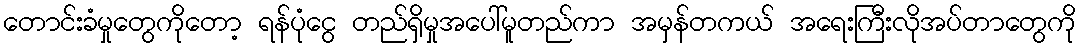
တောင်းခံမှုတွေကိုတော့ ရန်ပုံငွေ တည်ရှိမှုအပေါ်မူတည်ကာ အမှန်တကယ် အရေးကြီးလိုအပ်တာတွေကို